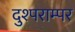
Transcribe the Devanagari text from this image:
दुश्पराम्पर